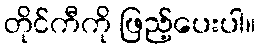
တိုင်ကီကို ဖြည့်ပေးပါ။